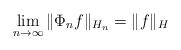
LaTeX: \begin{align*}\lim_{n\rightarrow\infty}\|\Phi_n f\|_{H_n}=\|f\|_H\end{align*}